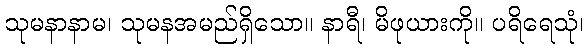
သုမနာနာမ၊ သုမနအမည်ရှိသော။ နာရီ၊ မိဖုယားကို။ ပရိရေသုံ၊